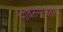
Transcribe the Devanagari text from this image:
भावतन्मयतेचे